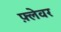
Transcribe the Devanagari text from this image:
फ़्लेवर